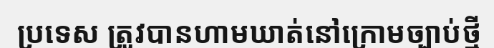
ប្រទេស ត្រូវបានហាមឃាត់នៅក្រោមច្បាប់ថ្មី